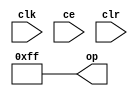
module sysgen_constant_39c35f37c7 (
  output [(8 - 1):0] op,
  input clk,
  input ce,
  input clr);
  assign op = 8'b11111111;
endmodule